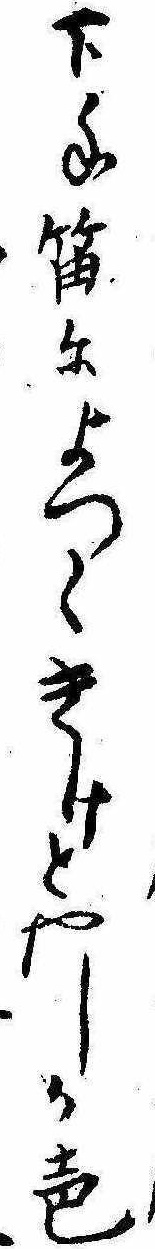
下手笛によつくきけとやし声